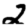
Digit: 2